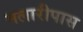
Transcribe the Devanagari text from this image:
मलारीपास